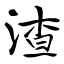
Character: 渣